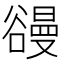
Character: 䜱